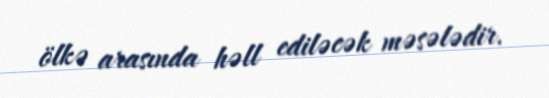
ölkə arasında həll ediləcək məsələdir.